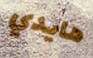
هايدي